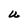
Character: U